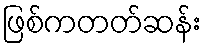
ဖြစ်ကတတ်ဆန်း